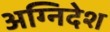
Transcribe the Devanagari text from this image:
अग्निदेश